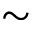
\sim